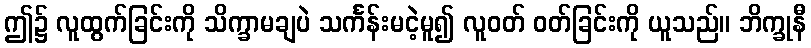
ဤ၌ လူထွက်ခြင်းကို သိက္ခာမချပဲ သင်္ကန်းမငဲ့မူ၍ လူဝတ် ဝတ်ခြင်းကို ယူသည်။ ဘိက္ခုနီ